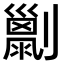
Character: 𠠌